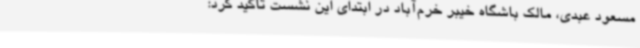
مسعود عبدی، مالک باشگاه خیبر خرم‌آباد در ابتدای این نشست تاکید کرد: